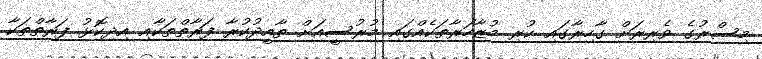
މިސްރުގެ ވެރިރަށް ގާހިރާގައި ކުރި މުޒާހަރާތަކެއްގައި މުރުސީއަށް ތާއީދުކުރާ ފަރާތްތަކާއި އިދިކޮޅު ފަރާތްތަކާ